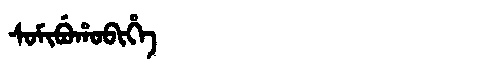
Manchu: ᠰᠣᠮᡳᠪᡠᡥᠣᠪᡳᡥᡝ
Romanization: SOMIBUHOBIHE